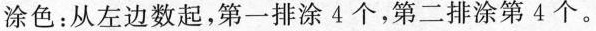
涂色：从左边数起，第一排涂4个，第二排涂第4个。